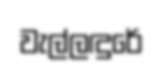
වැල්ලඳුරේ